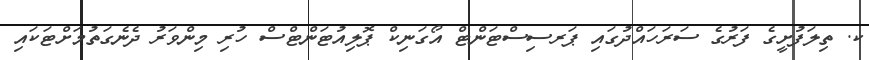
ކ. ތިލަފުށީގެ ފަރުގެ ސަރަހައްދުގައި ޕަރސިސްޓަންޓް އޯގަނިކް ޕޮލިއުޓަންޓްސް ހުރި މިންވަރު ދެނެގަތުމަށްޓަކައި